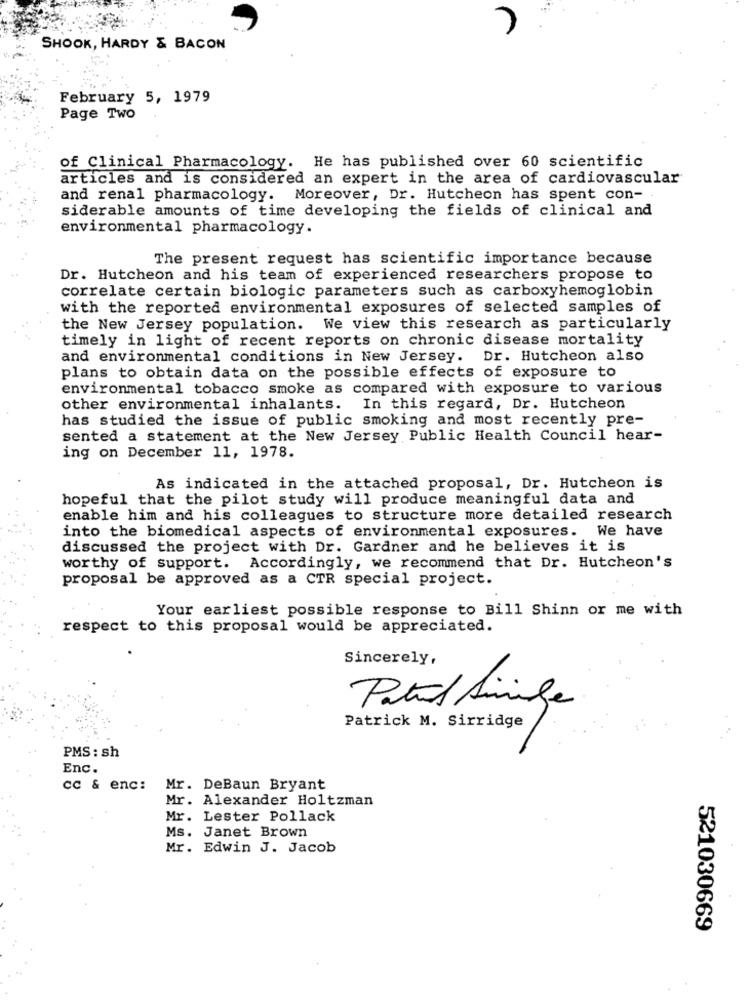
SHOOK, HARDY & BACON
February 5, 1979
Page Two
of Clinical Pharmacology. He has published over 60 scientific
articles and is considered an expert in the area of cardiovascular
and renal pharmacology.
Moreover, Dr. Hutcheon has spent con-
siderable amounts of time developing the fields of clinical and
environmental pharmacology.
The present request has scientific importance because
Dr. Hutcheon and his team of experienced researchers propose to
correlate certain biologic parameters such as carboxyhemoglobin
with the reported environmental exposures of selected samples of
the New Jersey population. We view this research as particularly
timely in light of recent reports on chronic disease mortality
and environmental conditions in New Jersey. Dr. Hutcheon also
plans to obtain data on the possible effects of exposure to
environmental tobacco smoke as compared with exposure to various
other environmental inhalants. In this regard, Dr. Hutcheon
has studied the issue of public smoking and most recently pre-
sented a statement at the New Jersey Public Health Council hear-
ing on December 11, 1978.
As indicated in the attached proposal, Dr. Hutcheon is
hopeful that the pilot study will produce meaningful data and
enable him and his colleagues to structure more detailed research
into the biomedical aspects of environmental exposures. We have
discussed the project with Dr. Gardner and he believes it is
worthy of support. Accordingly, we recommend that Dr. Hutcheon's
proposal be approved as a CTR special project.
Your earliest possible response to Bill Shinn or me with
respect to this proposal would be appreciated.
Sincerely,
Patil Simile
Patrick M. Sirridge
PMS : sh
Enc.
cc & enc:
Mr. DeBaun Bryant
Mr. Alexander Holtzman
Mr. Lester Pollack
Ms. Janet Brown
Mr. Edwin J. Jacob
521030669